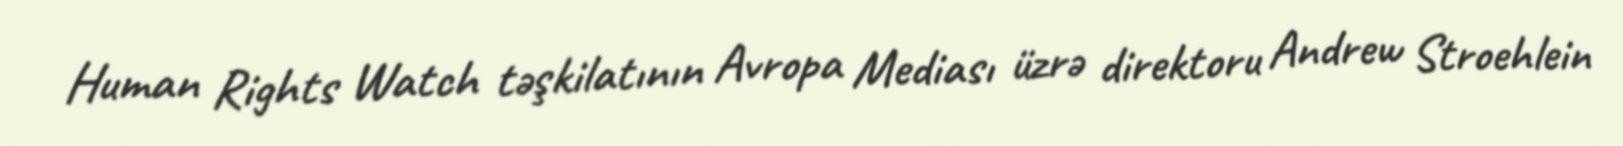
Human Rights Watch təşkilatının Avropa Mediası üzrə direktoru Andrew Stroehlein